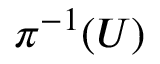
\pi ^ { - 1 } ( U )